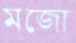
মজো